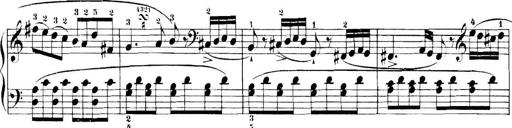
Title: 11 Sonatinas
Composer: Anton Diabelli